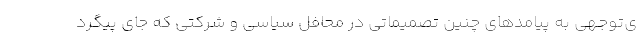
ی‌توجهی به پیامدهای چنین تصمیماتی در محافل سیاسی و شرکتی که جای پیگرد